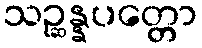
သဉ္ဆန္နပတ္တော